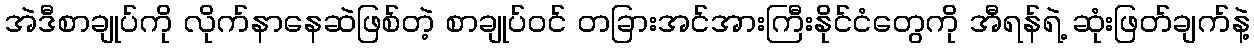
အဲဒီစာချုပ်ကို လိုက်နာနေဆဲဖြစ်တဲ့ စာချုပ်ဝင် တခြားအင်အားကြီးနိုင်ငံတွေကို အီရန်ရဲ့ ဆုံးဖြတ်ချက်နဲ့